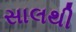
સાલથી